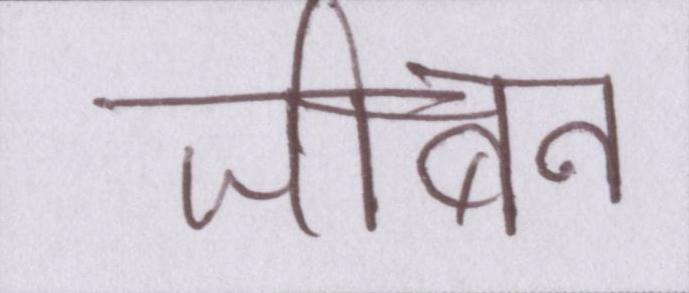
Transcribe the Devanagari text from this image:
जीबन